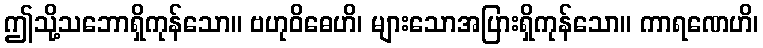
ဤသို့သဘောရှိကုန်သော။ ဗဟုဝိဓေဟိ၊ များသောအပြားရှိကုန်သော။ ကာရဏေဟိ၊